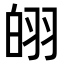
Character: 䎅